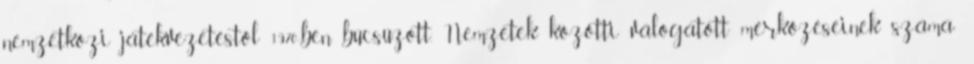
nemzetközi játékvezetéstől 1970-ben búcsúzott. Nemzetek közötti válogatott mérkőzéseinek száma: